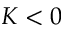
K < 0